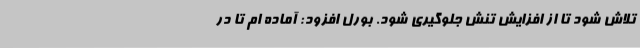
تلاش شود تا از افزایش تنش جلوگیری شود. بورل افزود: آماده ام تا در